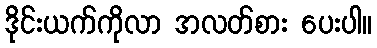
ဒိုင်းယက်ကိုလာ အလတ်စား ပေးပါ။